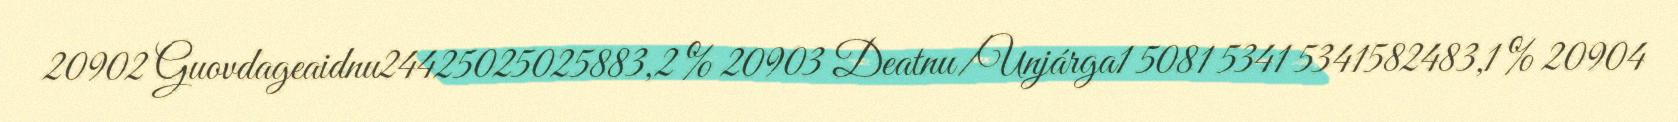
20902 Guovdageaidnu24425025025883,2 % 20903 Deatnu/Unjárga1 5081 5341 5341582483,1 % 20904